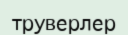
труверлер